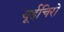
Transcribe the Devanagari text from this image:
यूईचिरो